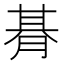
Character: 朞